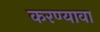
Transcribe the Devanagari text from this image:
करण्यावा